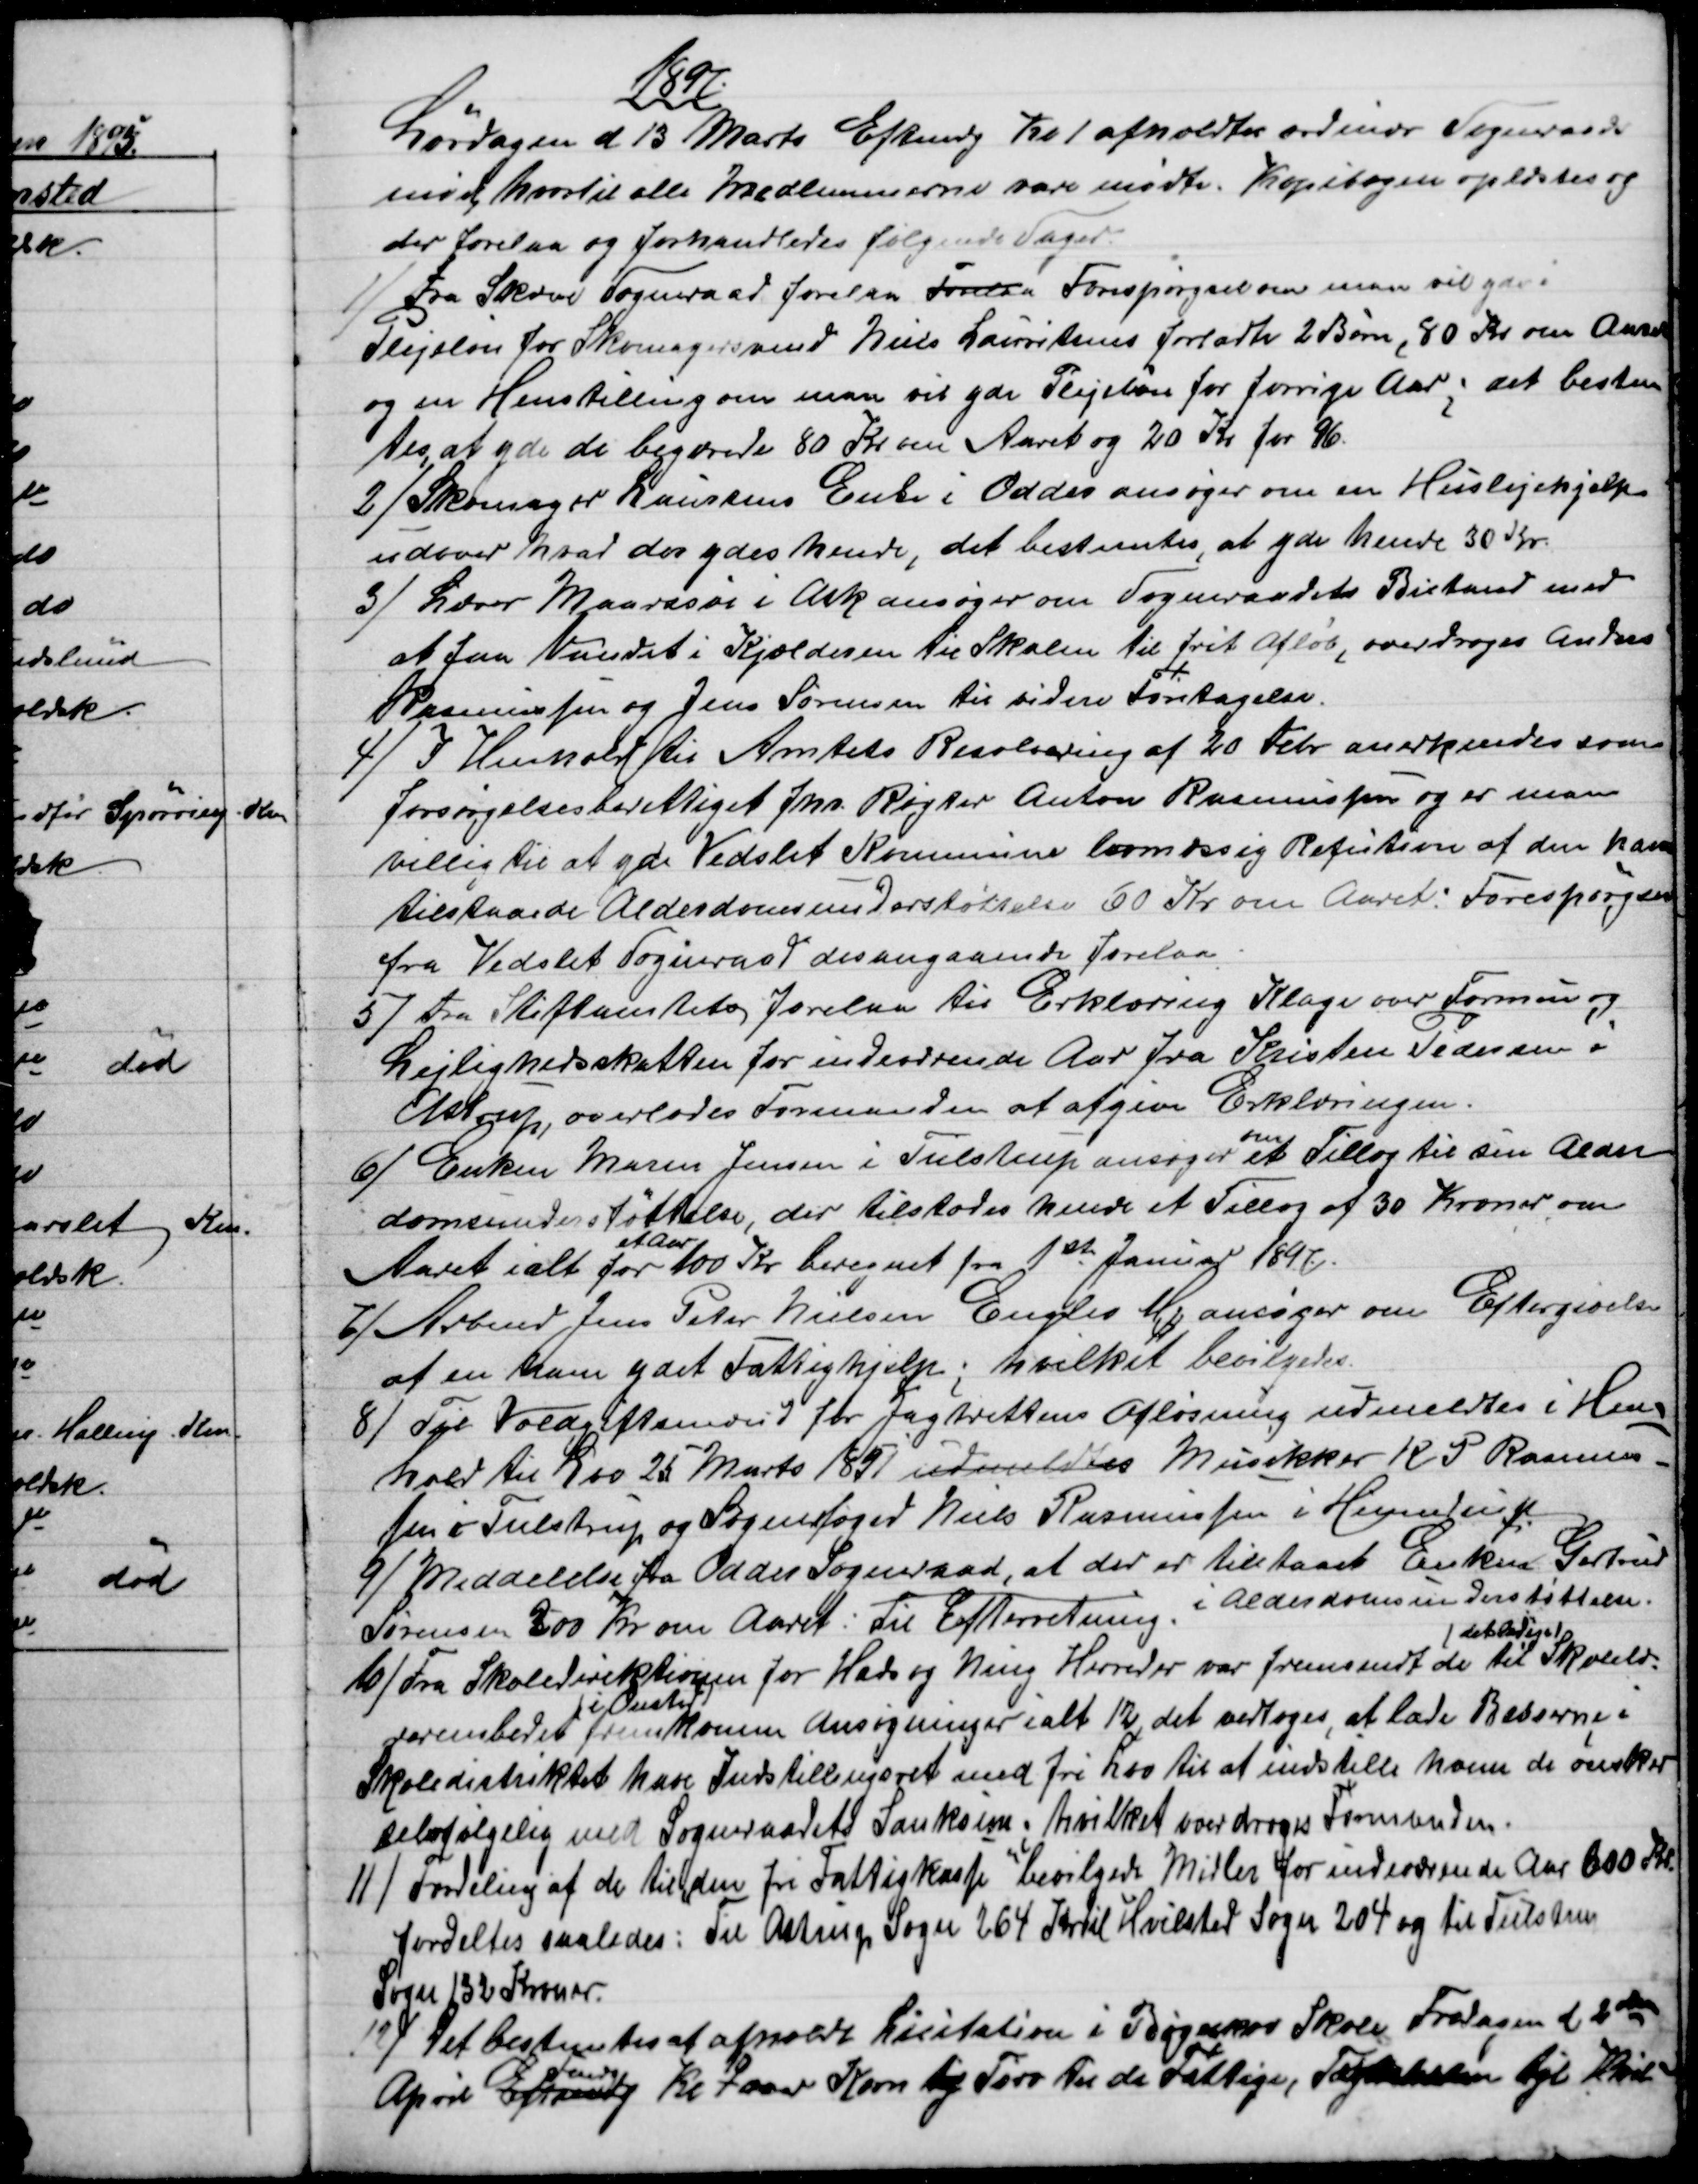
Transskription:
1897
Lørdagen d 13 Marts Eftmdg Kl 1 afholdtes ordinær Sogneraads
møde, hvortil alle Medlemmerne vare mødte. Kopibogen oplæstes og
der forelaa og forhandledes følgende Sager.
1)
Fra Skæve Sogneraad forelaa forelaa Forespørgsel om man vil yde i
Plejeløn for Skomagersvend Niels Lauritsens forladte 2 Børn, 80 Kr. om Aaret
og en Henstilling om man vil yde Plejeløn for forrige Aar; det bestem
tes, at yde de begærede 80 Kr om Aaret og 20 Kr for 96.
2)
Skomager Laursens Enke i Odder ansøger om en Huslejehjelp
udover hvad der ydes hende, det bestemtes at yde hende 30 Kr.
3) 
Lærer Maarssøe i Ask ansøger om Sogneraadets Bistand med
at faa Vandet i Kjælderen til Skolen til frit Afløb, overdroges Anders
Rasmussen og Jens Sørensen til videre Foretagelse.
4) 
I Henhold til Amtets Resolvering af 20 Febr. anerkendes som
forsørgelsesberettiget fhv. Røgter Anton Rasmussen og er man
villig til at yde Vedslet Kommune lovmæssig Refution af den ham
tilstaaede Alderdomsunderstøttelse 60 Kr om Aaret: Forespørgen
fra Vedslet Sogneraad desangaaende forelaa
5)
Fra Stiftamtets forelaa til Erklæring Klage over Formue og
Lejlighedsskatten for indeværende Aar fra Kristen Pedersen i
Astrup, overlodes Formanden at afgive Erklæringen.
6)
Enken Maren Jensen i Tulstrup ansøger 
om
et Tillæg til sin Alder
domsunderstøttelse, der tilstodes hende et Tillæg af 30 Kroner om
Aaret ialt for 
et Aar
100 Kr beregnet fra 1ste Januar 1897.
7) 
Arbmd Jens Peter Nielsen Enslev Mk ansøger om Eftergivelse
af en ham ydet Fattighjelp; hvilket bevilgedes.
8) 
Til Voldgiftsmænd for Jagtrettens Afløsning udmeldtes i Hen-
hold til Lov 25 Marts 1891 udmeldtes Musikker K P Rasmus-
sen i Tulstrup og Sognefoged Niels Rasmussen i Hinnedrup
9) 
Meddelelse fra Odder Sogneraad, at der er tilstaaet Enken Gertrud
Sørensen 200 Kr om Aaret: Til Efterretning i Alderdomsunderstøttelse.
10)
Fra Skoledirektionen for Hads og Ning Herreder var fremsendt de til 
det ledige
Skolelæ-
rerembedet 
i Onsted
fremkomne Ansøgninger ialt 12, det vedtoges, at lade Beboerne i
Skoledistriktet have Indstillingsret med fri Lov til at indstille hvem de ønsker
selvfølgelig med Sogneraadets Sanksion, hvilket overdroges Formanden.
11)
Fordeling af de til den fri Fattigkasse bevilgede Midler for indeværende Aar 600 Kr.
fordeltes saaledes: Til Astrup Sogn 264 Kr til Hvilsted Sogn 204 og til Tulstrup
Sogn 132 Kroner.
12)
Det bestemtes at afholde Licitation i Bøgeskov Skole Fredagen d. 2den
April Eftmdg  
Fmdg
Kl 9 over Korn og Tørv til de Fattige, Tækkehalm til Hvil-